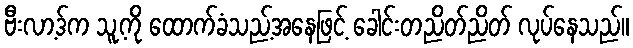
ဗီးလာ့ဒ်က သူ့ကို ထောက်ခံသည့်အနေဖြင့် ခေါင်းတညိတ်ညိတ် လုပ်နေသည်။